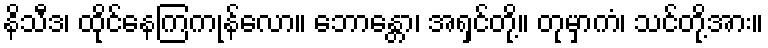
နိသီဒ၊ ထိုင်နေကြကုန်လော။ ဘောန္တော၊ အရှင်တို့။ တုမှာကံ၊ သင်တို့အား။